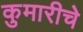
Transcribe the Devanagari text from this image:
कुमारीचे